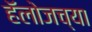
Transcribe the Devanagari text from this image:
हॅलोजच्या